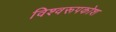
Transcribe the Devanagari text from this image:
विश्वरूपकोश